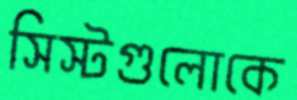
সিস্টগুলোকে